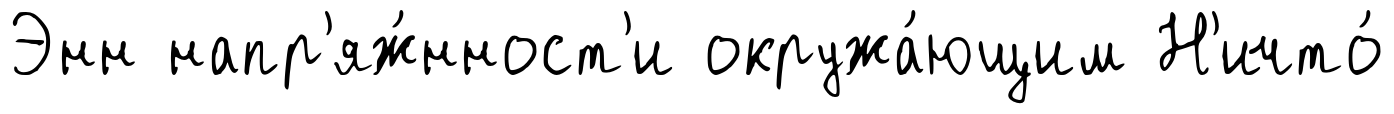
Энн напр'яж́нност'и окружа́ющим Н'ичто́